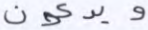
ويدعون